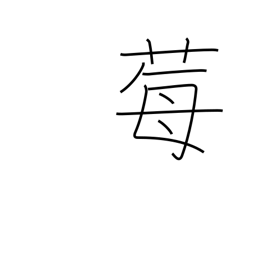
Meaning: wild strawberry